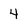
Character: 4